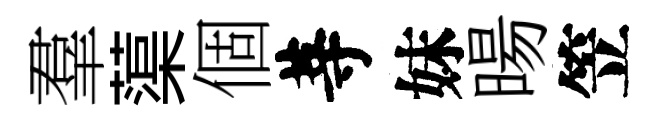
羣蕖個䓁妹暘笠